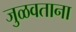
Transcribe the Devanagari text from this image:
जुळवताना